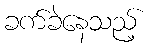
ခက်ခဲနေသည့်